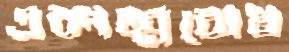
একাত্মবোধ